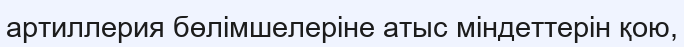
артиллерия бөлімшелеріне атыс міндеттерін қою,